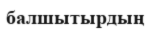
балшытырдың